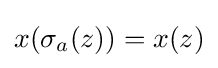
x(\sigma _{a}(z))=x(z)